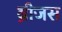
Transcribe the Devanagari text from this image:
ब्रीजस